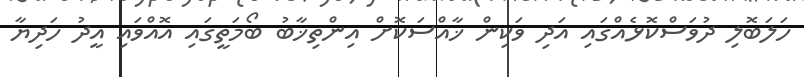
ހަލަބޮލި ދުވަސްކޮޅެއްގައި އަދި ވަކިން ޚާއްސަކޮށް އިންތިޚާބު ބޯމަތީގައި އޮއްވައި އީދު ހަދިޔާ